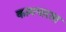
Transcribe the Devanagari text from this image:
कामगारास